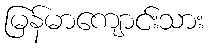
မြန်မာကျောင်းသား